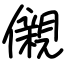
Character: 儭